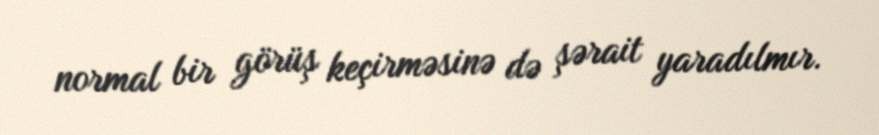
normal bir görüş keçirməsinə də şərait yaradılmır.